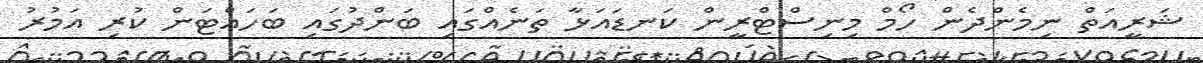
ޝަރީއަތް ނިމެންދެން ހޯމް މިނިސްޓްރީން ކަނޑައަޅާ ތަނެއްގައި ބަންދުގައި ބަހައްޓަން ކުރި އަމުރު